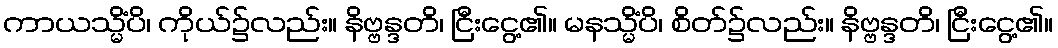
ကာယသ္မိံပိ၊ ကိုယ်၌လည်း။ နိဗ္ဗန္ဒတိ၊ ငြီးငွေ့၏။ မနသ္မိံပိ၊ စိတ်၌လည်း။ နိဗ္ဗန္ဒတိ၊ ငြီးငွေ့၏။